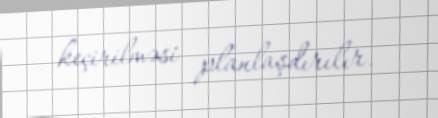
keçirilməsi planlaşdırılır.